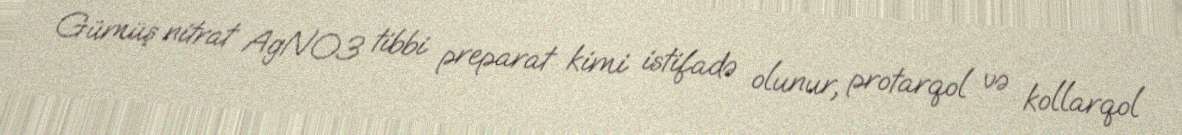
Gümüş nitrat AgNO3 tibbi preparat kimi istifadə olunur, protarqol və kollarqol